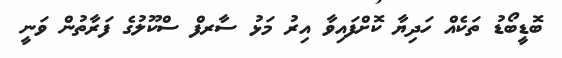
ބޮޑީބޯޑު ތަކެއް ހަދިޔާ ކޮށްފައިވާ އިރު މަޅު ސާރފް ސްކޫލުގެ ފަރާތުން ވަނީ